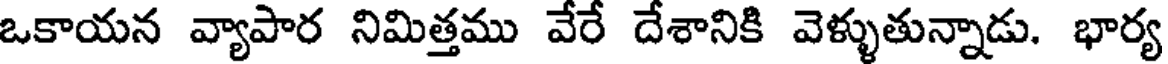
ఒకాయన వ్యాపార నిమిత్తము వేరే దేశానికి వెళ్ళుతున్నాడు. భార్య